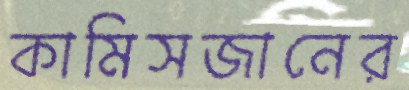
কামিসজানের